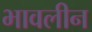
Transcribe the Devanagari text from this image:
भावलीन